Document type: Grant of rights
Year: 1280
Scribe: Pere Marc
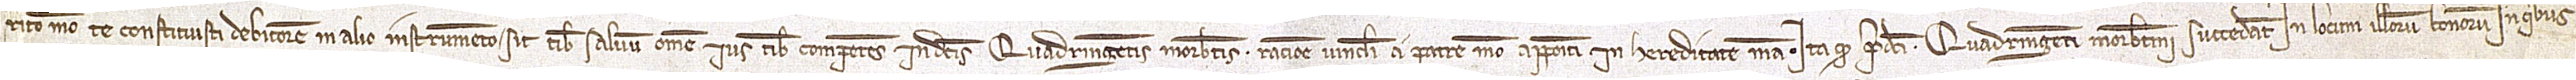
rito meo te constituisti debitorem in alio instrumento, sit tibi salvum omne ius tibi competens in dictis quadringentis morabatinis ratione vinculi a patre meo appositi in hereditate mea. Ita quod predicti quadringenti morabatini succedant in locum illorum bonorum in quibus